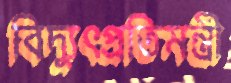
বিদ্যুৎপ্রতিমন্ত্রী